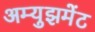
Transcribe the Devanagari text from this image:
अम्युझमेंट